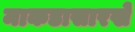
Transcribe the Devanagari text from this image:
माकडासारखे